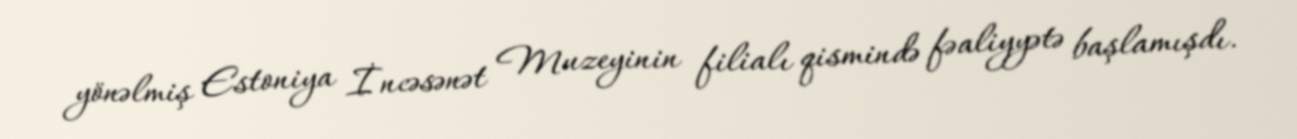
yönəlmiş Estoniya İncəsənət Muzeyinin filialı qismində fəaliyyətə başlamışdı.